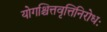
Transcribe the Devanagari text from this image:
योगश्चित्तवृत्तिनिरोधः